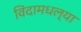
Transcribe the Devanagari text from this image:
विंदामधल्या